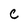
Character: c